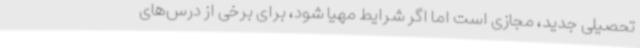
تحصیلی جدید، مجازی است اما اگر شرایط مهیا شود، برای برخی از درس‌های